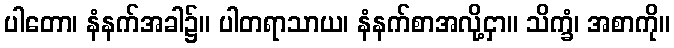
ပါတော၊ နံနက်အခါ၌။ ပါတရာသာယ၊ နံနက်စာအလို့ငှာ။ သိက္ခံ၊ အစာကို။